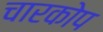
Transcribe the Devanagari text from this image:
चारकोप